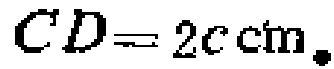
$CD = 2c\mathrm{cm}.$